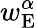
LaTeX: w_{\mathrm{E}}^{\alpha}